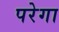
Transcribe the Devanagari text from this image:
परेगा